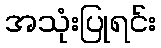
အသုံးပြုရင်း